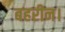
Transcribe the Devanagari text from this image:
बहरीन।